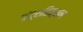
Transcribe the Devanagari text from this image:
कंट्राडिक्शन